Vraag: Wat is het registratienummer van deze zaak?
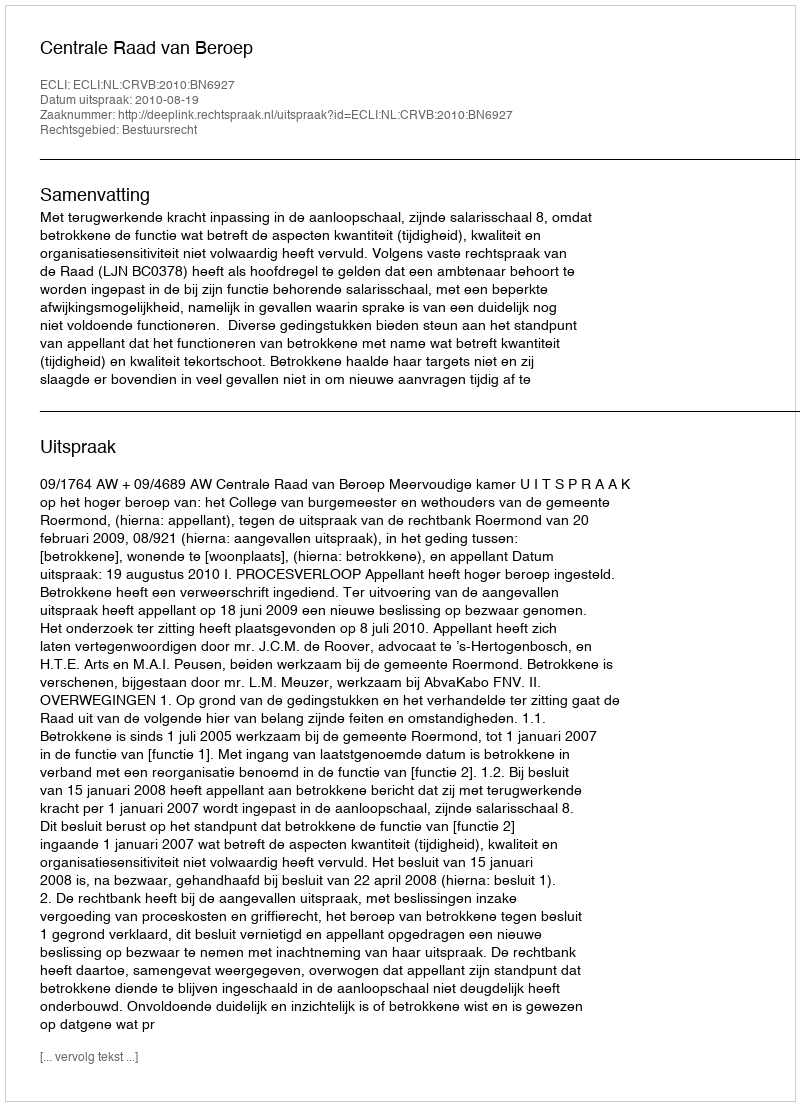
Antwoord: http://deeplink.rechtspraak.nl/uitspraak?id=ECLI:NL:CRVB:2010:BN6927